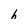
Character: h